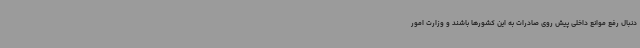
دنبال رفع موانع داخلی پیش روی صادرات به این کشورها باشند و وزارت امور